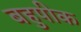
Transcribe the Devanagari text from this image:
बहुपीक